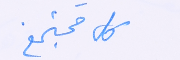
كل مجتمع.